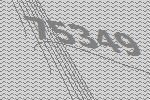
75349